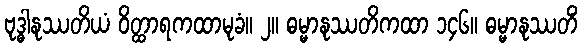
ဗုဒ္ဓါနုဿတိယံ ဝိတ္ထာရကထာမုခံ။ ၂။ ဓမ္မာနုဿတိကထာ ၁၄၆။ ဓမ္မာနုဿတိံ